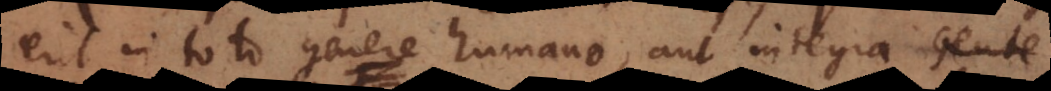
erit in toto genere humano, aut integra Gente